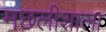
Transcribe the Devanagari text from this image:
मछलीशाला